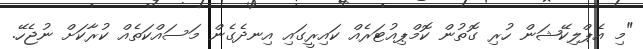
"މި އެޕްލިކޭޝަން ހުރި ގޮތުން ކޮމްޕިއުޓަރެއް ކައިރީގައި އިނދެގެން މަސައްކަތެއް ކުރާކަށް ނުޖެހޭ.